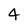
Character: 4